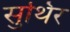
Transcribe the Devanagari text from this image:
सुथिर